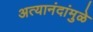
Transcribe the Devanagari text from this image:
अत्यानंदांमुळे